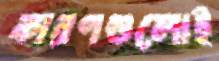
কারণগুলোই